Vaccination North-Western Provinces and Oudh 1896-1901 - 1896-1901
Year: 1896
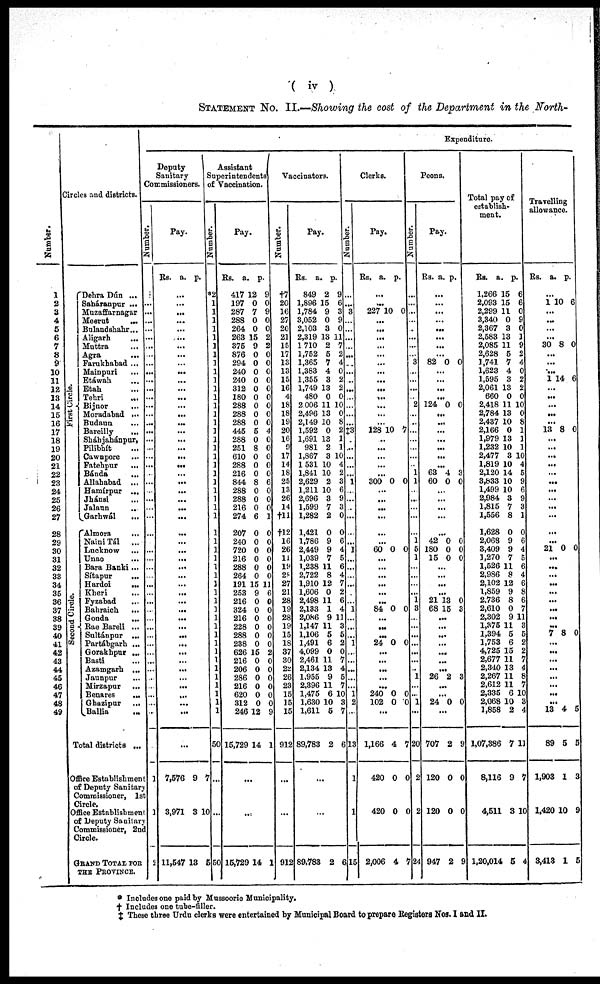
( iv )
STATEMENT No. II.—Showing the cost of the Department in the North-
Number.
1
2
3
4
5
6
7
8
9
10
11
12
13
14
15
16
17
18
19
20
21
22
23
24
25
26
27
28
29
30
31
32
33
34
35
36
37
38
39
40
41
42
43
44
45
46
47
48
49
Circles and districts.
First Circle.
Second Circle
Dehra Dún ...
Saháranpur ...
Muzaffarnagar
Meerut
...
Bulandshahr...
Aligarh
...
Muttra ...
Agra ...
Farukhabad ...
Mainpuri ...
Etáwah ...
Etah ...
Tehri ...
Bijnor ...
Moradabad ...
Budaun ...
Bareilly
...
Sháhjahánpur,
Pilibhít ...
Cawnpore ...
Fatehpur
...
Bánda ...
Allahabad ...
Hamírpur ...
Jhánsi ...
Jalaun
...
Garhwál
...
Almora
...
NainiTál
...
Lucknow
...
Unao ...
Bara Banki...
Sítapur
...
Hardoi
...
Kheri
...
Fyzabad ...
Bahraich
...
Gonda
...
Rae Bareli ...
Sultánpur ...
Partábgarh ...
Gorakhpur ...
Basti ...
Azamgarh ...
Jaunpur ...
Mirzapur ...
Benares
...
Ghazipur
...
Ballia
...
Total districts ...
Office Establishment
of Deputy Sanitary
Commissioner, 1st
Circle.
Office Establishment
of Deputy Sanitary
Commissioner, 2nd
Circle.
GRAND TOTAL FOR
THE PROVINCE.
Expenditure.
Deputy
Sanitary
Commissioners.
Number.
...
..
...
...
...
...
...
...
...
...
...
...
...
...
...
...
...
...
...
...
...
...
...
...
...
...
...
...
...
...
...
...
...
...
...
...
...
...
...
...
...
...
...
...
...
...
...
...
...
...
1
1
2
Pay.
Rs.
a. p.
...
...
...
...
...
...
...
...
...
...
...
...
...
...
...
...
...
...
...
...
...
...
...
...
...
...
...
...
...
...
...
...
...
...
...
...
...
...
...
...
...
...
...
...
...
...
...
...
...
...
7,576
3,971
11,547
9
3
13
7
10
5
Assistant
Superintendents
of Vaccination.
Number.
*2
1
1
1
1
1
1
1
1
1
1
1
1
1
1
1
1
1
1
1
1
1
1
1
1
1
1
1
1
1
1
1
1
1
1
1
1
1
1
1
1
1
1
1
1
1
1
1
1
50
...
...
50
Pay.
Rs.
417
197
287
288
264
263
375
876
294
240
240
312
180
288
288
288
445
288
251
610
288
216
844
288
288
216
274
207
240
720
216
288
264
191
253
216
324
216
228
288
238
626
216
206
286
216
620
312
246
15,729
a.
12
0
7
0
0
15
9
0
0
0
0
0
0
0
0
0
5
0
8
0
0
0
8
0
0
0
6
0
0
0
0
0
0
15
9
0
0
0
0
0
0
15
0
0
0
0
0
0
12
14
p.
9
0
9
0
0
2
2
0
0
0
0
0
0
0
0
0
4
0
0
0
0
0
6
0
0
0
1
0
0
0
0
0
0
11
6
0
0
0
0
0
0
2
0
0
0
0
0
0
9
1
...
...
15,729 14 1
Vaccinators.
Number.
†7
20
16
27
20
21
15
17
13
13
15
16
4
18
18
19
20
16
9
17
14
18
25
13
26
14
†1
†12
16
26
11
19
28
27
21
28
19
28
19
15
18
37
30
22
26
23
15
15
15
912
...
...
912
Pay.
Rs.
849
1,896
1,784
3,052
2,103
2,319
1,710
1,752
1,365
1,383
1,355
1,749
480
2,006
2,496
2,149
1,592
1,691
981
1,867
1,531
1,841
2,629
1,211
2,696
1,599
1,282
1,421
1,786
2,449
1,039
1,238
2,722
1,910
1,606
2,498
2,133
2,086
1,147
1,106
1,491
4,099
2,461
2,134
1,955
2,396
1,475
1,630
1,611
89,783
a.
2
15
9
0
3
13
2
5
7
4
3
13
0
11
13
10
0
13
2
3
10
10
2
10
3
7
2
0
9
9
7
11
8
12
0
11
1
9
11
5
6
0
11
13
9
11
6
10
5
2
p.
9
6
3
9
0
11
7
2
4
0
2
2
0
10
0
8
2
1
1
10
4
2
3
6
9
3
0
0
6
4
5
6
4
7
2
6
4
11
3
5
2
0
7
4
5
7
10
3
7
6
...
Clerks.
Number.
...
...
3
...
...
...
...
...
...
...
...
...
...
...
...
...
‡3
...
...
...
...
...
1
...
...
...
...
...
...
1
...
...
...
...
...
...
1
...
...
...
1
...
...
...
...
...
1
2
...
13
1
1
89,783 2 6 15
Pay.
Rs.
a. p.
...
...
227 10 0
...
...
...
...
...
...
...
...
...
...
...
...
...
128 10 7
...
...
...
...
...
300 0 0
...
...
...
...
...
...
60 0 0
...
...
...
...
...
...
84 0 0
...
...
...
24 0 0
...
...
...
...
...
240
102
0
0 0
0
...
1,166
420
420
2,006
4
0
0
4
7
0
0
7
Peons.
Number.
...
...
...
...
...
...
...
...
3
...
...
...
...
2
...
...
...
...
...
...
...
1
1
...
...
...
...
...
1
5
1
...
...
...
...
1
3
...
...
...
...
...
...
...
1
...
...
1
...
20
2
2
724
Pay.
Rs. a. p.
...
...
...
...
...
...
...
...
82 0 0
...
...
...
...
124 0 0
...
...
...
...
...
...
...
63
60
4
0
3
0
...
...
...
...
...
42
180
15
0
0
0
0
0
0
...
...
...
...
21
68
13
15
0
3
...
...
...
...
...
...
...
26 2 3
...
...
24 0 0
...
707
120
120
947
2
0
0
2
9
0
0
9
Total pay of
establish¬
ment.
Rs.
1,266
2,093
2,299
3,340
2,367
2,583
2,085
2,628
1,741
1,623
1,595
2,061
660
2,418
2,784
2,437
2,166
1,979
1,232
2,477
1,819
2,120
3,833
1,499
2,984
1,815
1,556
1,628
2,068
3,409
1,270
1,526
2,986
2,102
1,859
2,736
2,610
2,302
1,375
1,394
1,753
4,725
2,677
2,340
2,267
2,612
2,335
2,068
1,858
1,07,386
8,116
4,511
1,20,014
a.
15
15
11
0
3
13
11
5
7
4
3
13
0
11
13
10
0
13
10
3
10
14
10
10
3
7
8
0
9
9
7
11
8
12
9
8
0
9
11
5
6
15
11
13
11
11
6
10
2
7
9
3
5
p.
6
6
0
9
0
1
9
2
4
0
2
2
0
10
0
8
1
1
1
10
4
5
9
6
9
3
1
0
6
4
5
6
4
6
8
6
7
11
3
5
2
2
7
4
8
7
10
3
4
11
7
10
4
Travelling
allowance.
Rs.
a. p.
...
1 10 6
...
...
...
...
30 8 0
...
...
...
1 14 6
...
...
...
...
...
13 8 0
...
...
...
...
...
...
...
...
...
...
...
...
21 0 0
...
...
...
...
...
...
...
...
...
7 8 0
...
...
...
...
...
...
...
...
13
89
1,903
1,420
3,413
4
5
1
10
1
5
5
3
9
5
* Includes one paid by Mussoorie Municipality.
† Includes one tube-filler.
‡ These three Urdu clerks were entertained by Municipal Board to prepare Registers Nos. I and II.